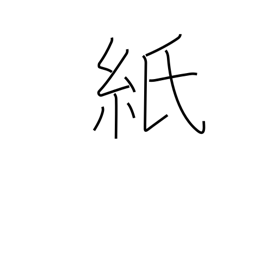
Meaning: paper